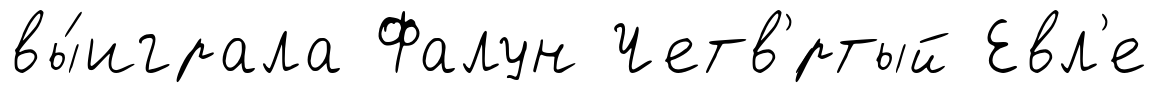
вы́играла Фалун Четв'́ртый Евл'е